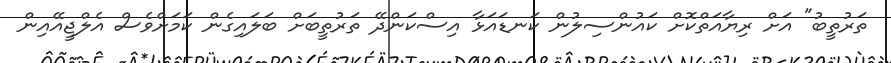
ތަރުތީބު" އަށް ރިޔާއަތްކޮށް ކައުންސިލުން ކަނޑައަޅާ އިސްކަންދޭ ތަރުތީބަށް ބަލައިގެން ކަމަށްވެސް އެލްޖީއޭއިން